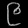
Digit: ၉